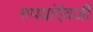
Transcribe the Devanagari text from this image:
रुपयांऐवजी